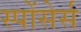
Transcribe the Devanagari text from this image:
स्पोंसेर्स